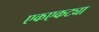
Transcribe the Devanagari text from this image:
एकएकट्या